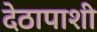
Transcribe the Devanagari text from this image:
देठापाशी